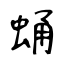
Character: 蛹